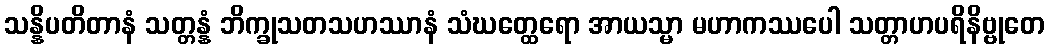
သန္နိပတိတာနံ သတ္တန္နံ ဘိက္ခုသတသဟဿာနံ သံဃတ္ထေရော အာယသ္မာ မဟာကဿပေါ သတ္တာဟပရိနိဗ္ဗုတေ